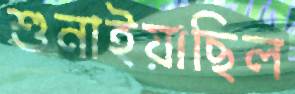
শুনাইয়াছিল